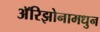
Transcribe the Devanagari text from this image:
अॅरिझोनामधुन